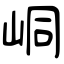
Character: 峒